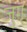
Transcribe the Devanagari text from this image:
जुग्